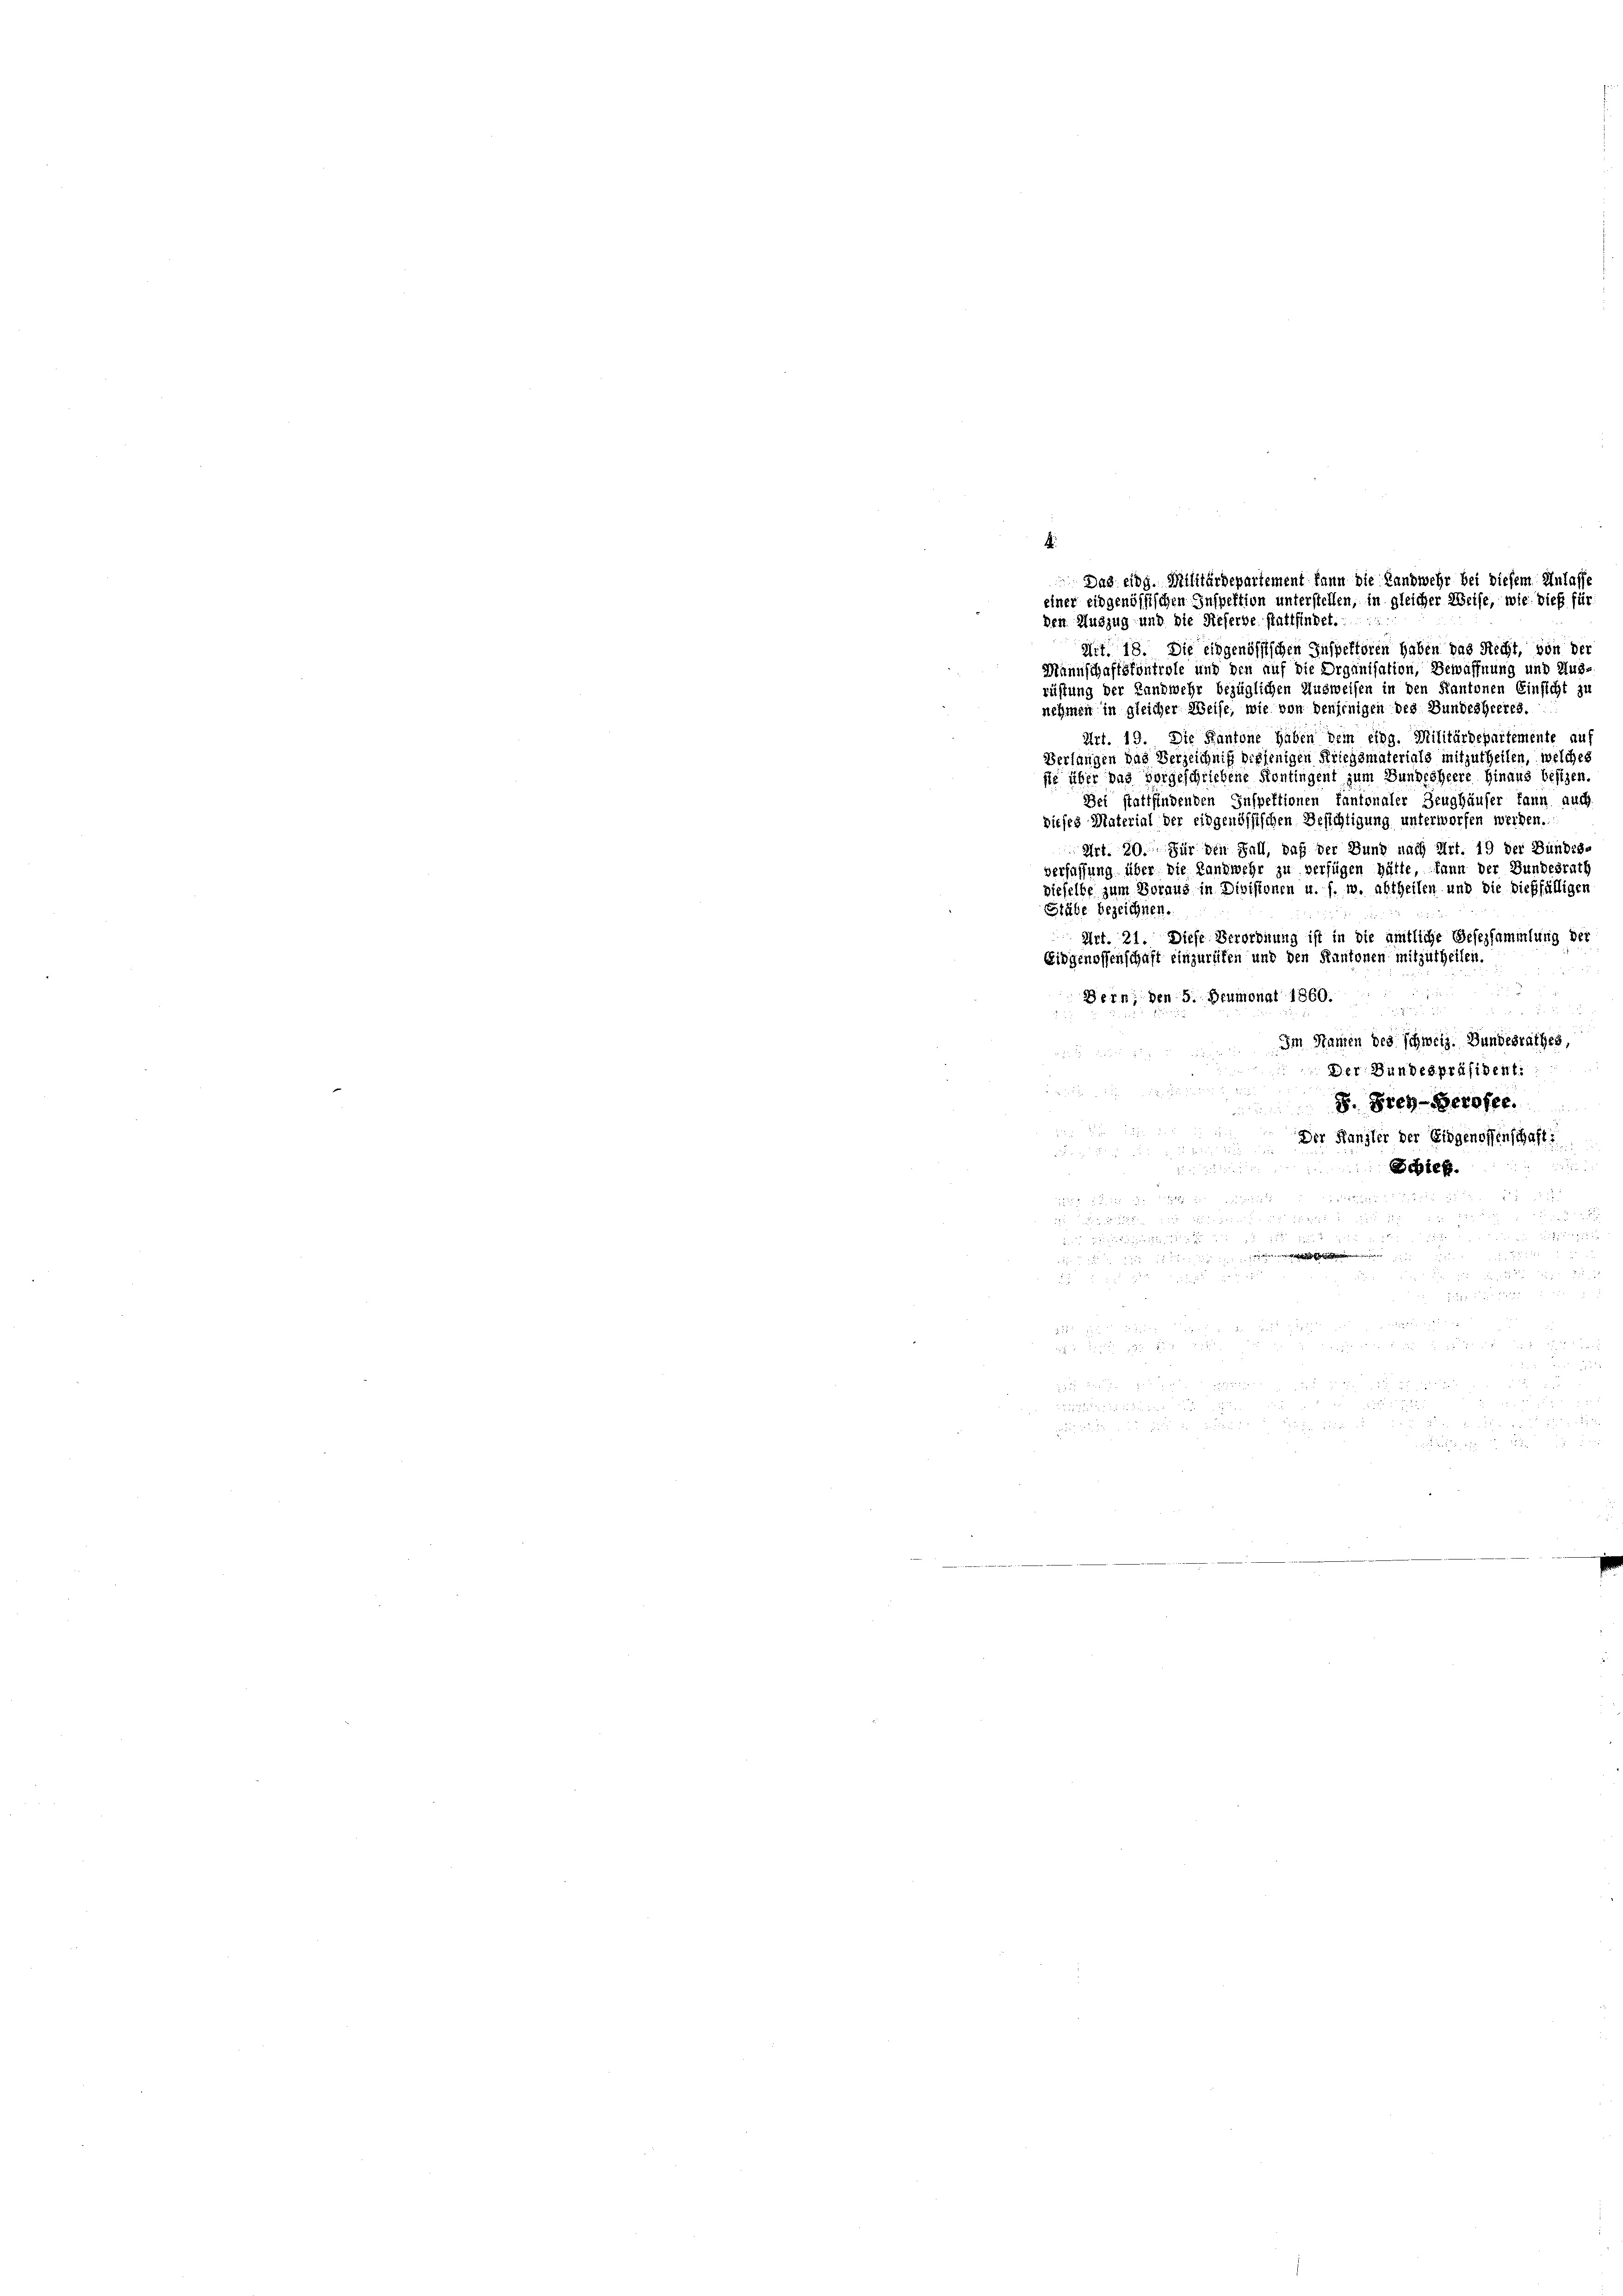
den Auszug und die Referbe stattfindet.
Mit. 18. Die eidgenössischen Inspektoren haben das Recht, von der
Mannschaftsfontrole und den auf die Organisation, Bewaffnung und Aus
rüstung der Landwehr bezüglichen Ausweisen in den Kantonen Einsicht zu
nehmen in gleicher Weise, wie von denjenigen des Bundesheeres.
Art. 19. Die Kantone haben dem eidg. Militärdepartemente au
Verlangen das Verzeichniß diejenigen Kriegsmaterials mitzutheilen, welches
sie über das vorgeschriebene Kontingent zum Bundesheere hinaus besizen.
Dei stattfindenden Inspektionen kantonaler Zeughäuser kann auch
dieses Material der eidgenössischen Besichtigung unterworfen werden.
Art. 20. Für den Fall, daß der Bund nach Art. 19 der Bundes-
verfassung über die Landwehr zu verfügen hätte, kann der Bundesrath
dieselbe zum Voraus in Divisionen u. s. w. abtheilen und die dießfälliger
Stäbe bezeichnen
Urt. 21. Diese Verordnung ist in die amtliche Gesezsammlung der
Eidgenossenschaft einzurüken und den Kantonen mitzutheilen.
Bern, den 5. Heumonat 1860.
Im Namen des schweiz. Bundesrathes,
e
Der Bundespräsident:

8. Frey-Geroffe.
F
Der Kanzler der Eidgenossenschaft:

e
Scbieg.
8x

u

4 f 0 x

 5500 x
i
 2 x

Das eidg. Militärdepartement kann die Landwehr bei diesem Anlasse
einer eidgenössischen Inspektion unterstellen, in gleicher Weise, wie dieß für